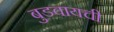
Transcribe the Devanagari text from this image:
बुडवायची